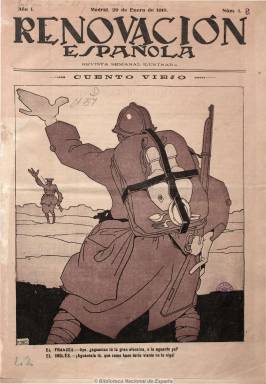
Título: Renovación española (Madrid)
Colección: Revistas de información general
Ámbito geográfico: Madrid
Lugar de publicación: Madrid
Fechas: 29/01/1918-03/11/1918

Se trata de una “revista semanal ilustrada” –tal como reza su subtítulo- absolutamente ignorada por la historia de la prensa, a pesar de ser “un eslabón imprescindible en la historia ideológica española del siglo XX”, en donde se darán cita algunas de las primeras figuras de la cultura de la época, pero, quizá, el silencio sobre ella devenga de que reunió a buena parte de los intelectuales germanófilos españoles en el periodo final de la primera guerra mundial, tal como hace ver Gustavo Bueno Sánchez en una primera aproximación a una publicación que, sin duda, fue impulsada por los servicios de propaganda alemana. Para corroborar esto sólo hay que fijarse en la publicidad que inserta y, en concreto, en la página que recomienda una serie de establecimientos alemanes.

Comienza a ser publicada el 29 de enero de 1918 desde una opción antibélica, pero ya el prospecto de la revista había recibido una severa crítica de Miguel Unamuno, rescatada del periódico El mercantil valenciano, de 20 de enero de ese año, en la que descubre que en la España de ese periodo, neutralista quería “decir germanófilo” y que esta opción era algo que se ocultaba y encubría, calificando al prospecto de estar redactado con una deplorable retórica renovadora y cultural, y de la que aventuraba “que nos vamos a reír”.

Aunque nunca apareció reseñado en su cabecera como tal, su director fue el entonces famoso criminólogo y catedrático de la Universidad Central, de Madrid, Quintiliano Saldaña (1878-1938), quien durante los meses de verano dejará la dirección en manos de un entonces joven Evaristo Correa Calderón (1899-1986).

Sus entregas fueron de doce páginas, que después amplió a dieciséis y hasta veinte. Insertó artículos y crónicas de política, literatura, filosofía, pedagogía, artes, viajes, teatro, bibliografía y de guerra, además de caricaturas, reproducciones artísticas y fotografías. Su portada siempre estaba ocupada por una viñeta en cuatricomía.

Entre su gran elenco de colaboradores resalta el nombre de Pío Baroja (1872-1956), autor del texto del frontispicio de su primer número, así como Jacinto Benavente (1866-1954), que había sido redactor del manifiesto germanófilo de 1915, en respuesta al aliadófilo de Ramón Pérez de Ayala (1880-1962), y en el que también habían participado otros colaboradores de esta revista, como el filósofo y escritor Adolfo Bonilla y San Martín (1875-1926) y el académico Francisco Rodríguez Marín (1855-1943). Colaboran también Eugenio D’Ors (1882-1954), con su seudónimo Xenius; Concha Espina de la Serna (1877-1955), Emilia Pardo Bazán (1851-1921), el novelista y diplomático Julio Casares (1875-1926), Julio Puyol Alonso (1865-1937), José María Salaverría Ipenza (1873-1940), el médico Rafael Salillas (1854-1923), y hasta su número once el aliadófilo Julio Cejador. Después se incorporan Eduardo González Blanco (1877-1938), Ramón Gómez de la Serna (1888-1963), el rector de la Universidad Central, José Rodríguez Carracido (1856-1928), el periodista José Rodao (1865-1927), y el entonces joven marqués de Lozoya, Juan de Contreras (1893-1978).

Contó con una nómina de hasta 23 redactores, seis de ellos, seudónimos, encargados de las diferentes secciones de la revista. Saldaña –el director- es el autor de política interior; el poeta y periodista Manuel Palacios Olmedo, de política exterior; el compositor Eduardo López Chávarri (1871-1970), de la de música; el arquitecto Roberto Fernández Balbuena (1890-1966), de la de arquitectura, aunque nunca firmó ningún texto; el catedrático Pedro Antonio Robles, de filología; Eloy Luis Andrés (1876-1935), de educación nacional; el catedrático penalista Luis Jiménez de Asúa (1889-1970), de enseñanza; la controvertida Margarita Nelken (1894-1968), de arte, sólo hasta su número siete; el escritor León Martínez Granizo, de viajes; el catedrático José Antón Oneca (1897-1981), de bibliografía, y Cayetano Alcázar (1897-1958), de la de revista de revistas. Hasta su número siete, de la sección de economía se encarga Martín de Paúl y Martín Barbadillo (1887-1962)

Pero también aparece como redactor Pedro Sáinz Rodríguez (1897-1986), y se incorporarán después el catedrático de historia Antonio Ballesteros Beretta (1880-1949), el poeta Marceliano Álvarez Cerón (1893-1969), así como Daniel Sánchez de Rivera y Mosét y el profesor y traductor Eduardo Ovejero y Maury.

Las páginas sobre la guerra están firmadas con el seudónimo Zeppelin, que también firmará las dedicadas a teatros, junto a los seudónimos Don Lope y Suetonius. Mientras que las caricaturas, dibujos y viñetas son obra de Ka-Hito (Ricardo García López: 1890-1984), además de Kilóm y Selma.

La revista editó hasta cuarenta números, siendo el último el correspondiente al tres de noviembre de 1918, coincidiendo con el final de la primera guerra mundial. Como contrapartida también en esas fechas es publicado otro semanario madrileño bajo el título Los aliados (véase en esta colección de la Biblioteca Nacional de España), que dirigirá sus dardos contra los “boches” y será dirigido por Carlos Micó (1886-1982), en el que participan muy activamente Antonio Lezama (1888-1971) y Manuel Bueno (1874-1936), y entre su centenar de firmas aparecen las de Miguel de Unamuno, Ramón María del Valle Inclán, José Ortega y Gasset y la del propio Benito Pérez Galdós.